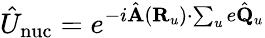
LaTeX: \hat{U}_{\mathrm{nuc}}=e^{-i\hat{\mathbf A}({\mathbf R}_{u})\cdot\sum_{u}e\hat{\mathbf Q}_{u}}